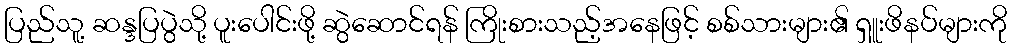
ပြည်သူ့ ဆန္ဒပြပွဲသို့ ပူးပေါင်းဖို့ ဆွဲဆောင်ရန် ကြိုးစားသည့်အနေဖြင့် စစ်သားများ၏ ရှူးဖိနပ်များကို